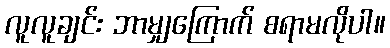
လူလူချင်း ဘာမျှကြောက် စရာမလိုပါ။